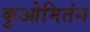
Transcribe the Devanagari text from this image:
कुओमितंग